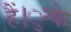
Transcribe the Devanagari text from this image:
हैं।ुन्के